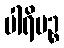
ပါရိမဉ္စ